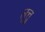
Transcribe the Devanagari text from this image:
लुत्तु